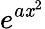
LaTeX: e^{a\mathit{x}^{2}}